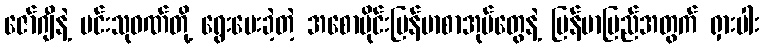
ဇော်ဂျီနဲ့ မင်းသုဝဏ်တို့ ရွေးပေးခဲ့တဲ့ အစောပိုင်းမြန်မာစာအုပ်တွေနဲ့ မြန်မာပြည်အတွက် ရှားပါး